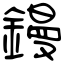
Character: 鏝